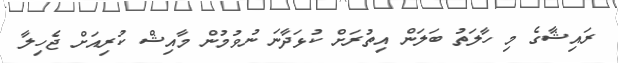
ރައިޝާގެ މި ހާލަތު ބަލަން އިތުރަށް ކުޅަދާނަ ނުވުމުން މާއިޝް ކުރިއަށް ޖެހިލާ